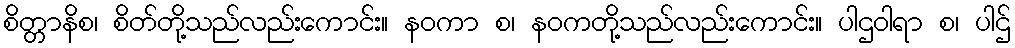
စိတ္တာနိစ၊ စိတ်တို့သည်လည်းကောင်း။ နဝကာ စ၊ နဝကတို့သည်လည်းကောင်း။ ပါဌဝါရာ စ၊ ပါဌ်